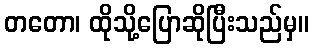
တတော၊ ထိုသို့ပြောဆိုပြီးသည်မှ။